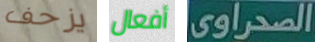
يزحف أفعال الصحراوى